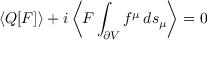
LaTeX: \langle Q [ F ] \rangle + i \left\langle F \int _ { \partial V } f ^ { \mu } \, d s _ { \mu } \right\rangle = 0